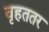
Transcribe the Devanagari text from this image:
वृहततर